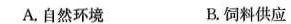
A.自然环境 B.饲料供应